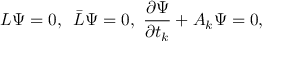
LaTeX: { \cal L } \Psi = 0 , \, \, \, \bar { \cal L } \Psi = 0 , \, \, { \frac { \partial \Psi } { \partial t _ { k } } } + { \cal A } _ { k } \Psi = 0 ,